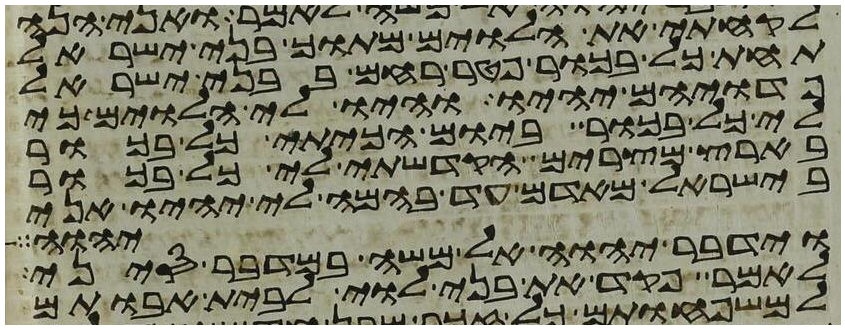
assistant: לקחתי את הלוים מתוך בני ישראל
תחת כל בכור פטר רחם בבני ישראל
פדויהם יהיו והיו לי הלוים כי
לי כל בכור ביום הכיתי כל בכור
בארץ מצרים הקדשתי לי כל בכור
בישראל מאדם עד בהמה לי יהיו אני
יהוה
וידבר יהוה אל משה במדבר סיני
לאמר פקד את בני לוי לבית אבותם